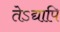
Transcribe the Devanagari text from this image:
तेऽद्यापि